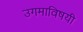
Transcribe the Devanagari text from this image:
उगमाविषयी